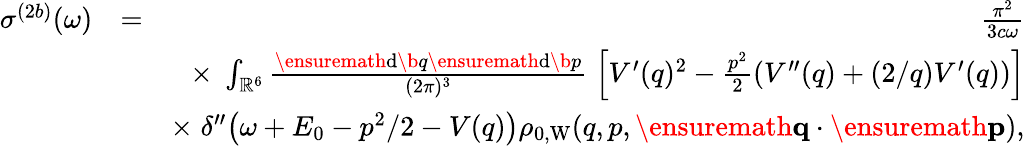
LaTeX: \begin{array}{rlr}{\sigma^{(2b)}(\omega)}&{=}&{\frac{\pi^{2}}{3c\omega}}\\ &{}&{\times\; \int_{\mathbb{R}^{6}}\frac{\ensuremath{\mathrm{d}}\b{q}\ensuremath{\mathrm{d}}\b{p}}{(2\pi)^{3}}\; \left[V^{\prime}(q)^{2}-\frac{p^{2}}{2}\left(V^{\prime\prime}(q)+(2/q)V^{\prime}(q)\right)\right]}\\ &{}&{\times\; \delta^{\prime\prime}\! \left(\omega+E_{0}-p^{2}/2-V(q)\right)\rho_{0,\mathrm{W}}(q,p,\ensuremath{\mathbf{q}}\cdot\ensuremath{\mathbf{p}}),}\end{array}